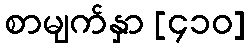
စာမျက်နှာ [၄၁၀]